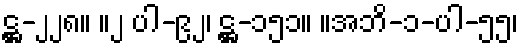
ဋ္ဌ-၂၂၈။ ။၂ ပါ-၉၂၊ ဋ္ဌ-၁၅၁။ ။အဘိ-၁-ပါ-၅၅၊